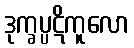
ဒုက္ခပ္ပဋိကူလော